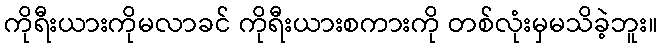
ကိုရီးယားကိုမလာခင် ကိုရီးယားစကားကို တစ်လုံးမှမသိခဲ့ဘူး။